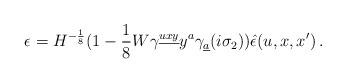
LaTeX: \begin{align*}\epsilon = H^{- {1\over 8}} (1 - {1\over 8}W \gamma^{\underline{uxy}} y^a \gamma_{\underline{a}} (i \sigma_2)) \hat{\epsilon}(u,x,x') \, .\end{align*}